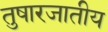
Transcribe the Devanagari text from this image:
तुषारजातीय